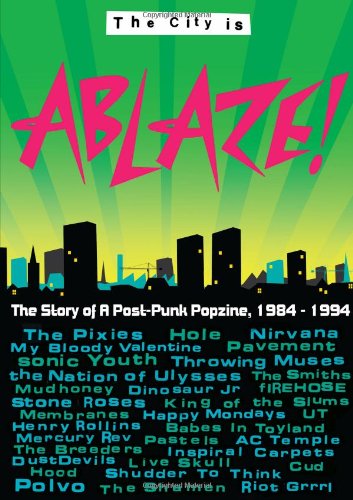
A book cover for City Is Ablaze; Biographies & Memoirs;